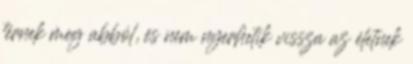
térnek meg abból, és nem nyerhetik vissza az életnek